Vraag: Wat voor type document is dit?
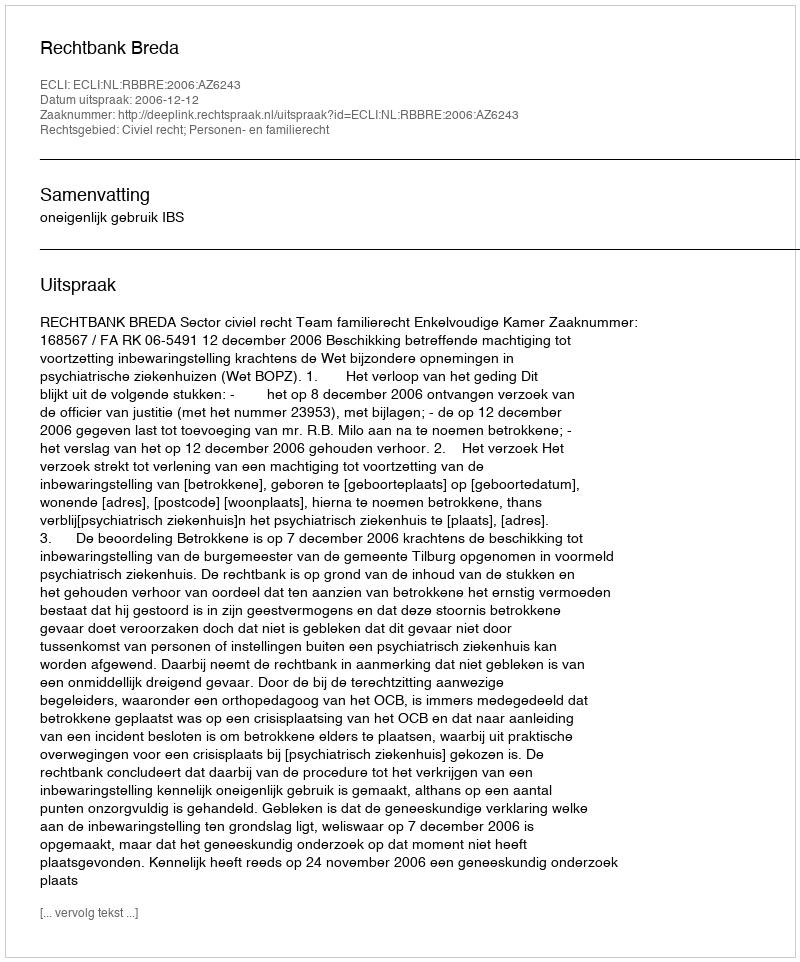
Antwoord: Uitspraak